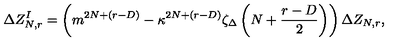
\Delta Z _ { N , r } ^ { I } = \left( m ^ { 2 N + ( r - D ) } - \kappa ^ { 2 N + ( r - D ) } \zeta _ { \Delta } \left( N + \frac { r - D } { 2 } \right) \right) \Delta Z _ { N , r } ,